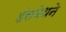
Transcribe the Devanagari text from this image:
हंसबेथने